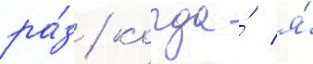
ра́з / когда́ я́